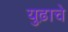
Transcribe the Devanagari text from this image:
युढ़ाचे